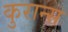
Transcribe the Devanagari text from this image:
कुरान्स